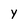
Character: y